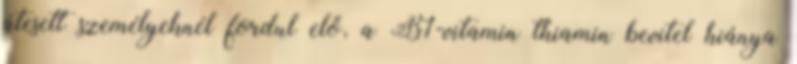
átesett személyeknél fordul elő, a B1-vitamin thiamin bevitel hiánya